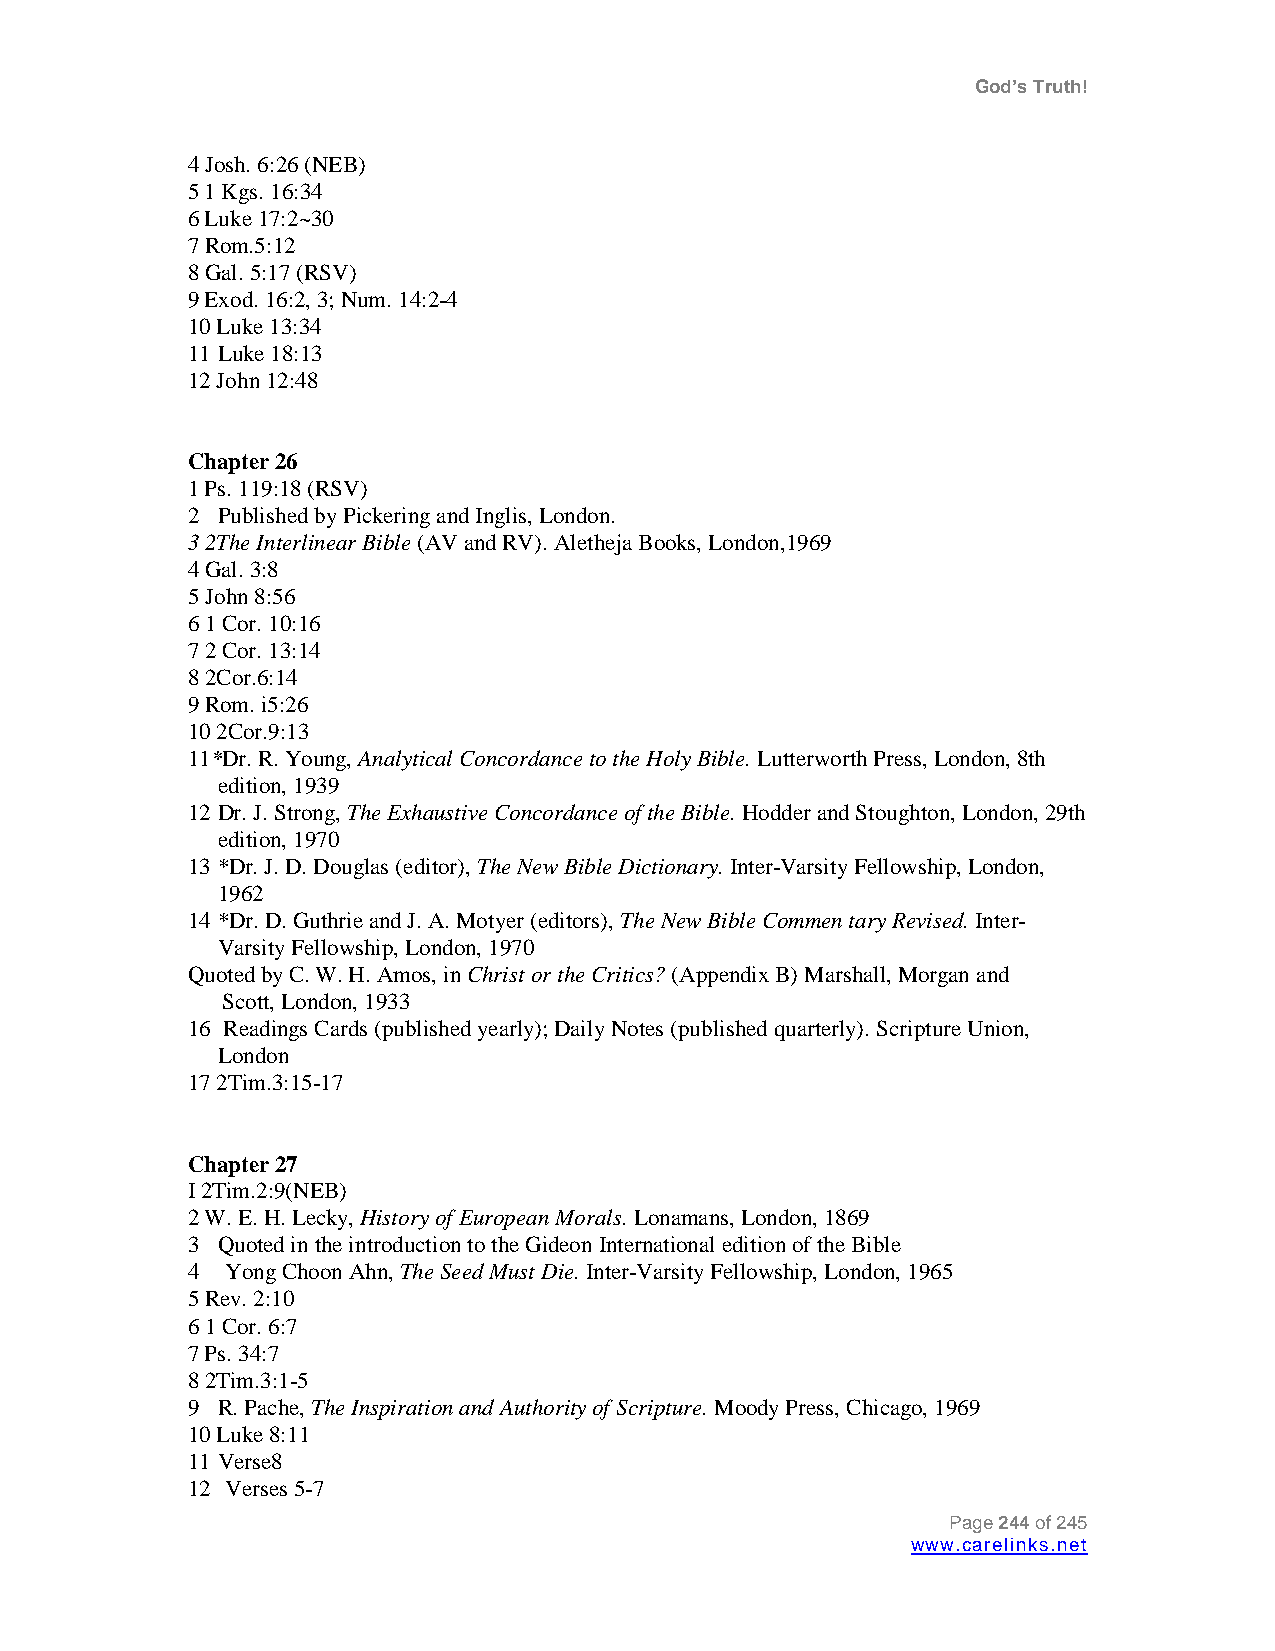
God’s Truth!
 4 Josh. 6:26 (NEB)
 5 1 Kgs. 16:34
 6 Luke 17:2~30
 7 Rom.5:12
 8 Gal. 5:17 (RSV)
 9 Exod. 16:2, 3; Num. 14:2-4
 10 Luke 13:34
 11 Luke 18:13
 12 John 12:48
 Chapter 26
 1 Ps. 119:18 (RSV)
 2 Published by Pickering and Inglis, London.
 3 2The Interlinear Bible (AV and RV). Aletheja Books, London,1969
 4 Gal. 3:8
 5 John 8:56
 6 1 Cor. 10:16
 7 2 Cor. 13:14
 8 2Cor.6:14
 9 Rom. i5:26
 10 2Cor.9:13
 11*Dr. R. Young, Analytical Concordance to the Holy Bible. Lutterworth Press, London, 8th
 edition, 1939
 12 Dr. J. Strong, The Exhaustive Concordance of the Bible. Hodder and Stoughton, London, 29th
 edition, 1970
 13 *Dr. J. D. Douglas (editor), The New Bible Dictionary. Inter-Varsity Fellowship, London,
 1962
 14 *Dr. D. Guthrie and J. A. Motyer (editors), The New Bible Commen tary Revised. Inter-
 Varsity Fellowship, London, 1970
 Quoted by C. W. H. Amos, in Christ or the Critics? (Appendix B) Marshall, Morgan and
 Scott, London, 1933
 16 Readings Cards (published yearly); Daily Notes (published quarterly). Scripture Union,
 London
 17 2Tim.3:15-17
 Chapter 27
 I 2Tim.2:9(NEB)
 2 W. E. H. Lecky, History of European Morals. Lonamans, London, 1869
 3 Quoted in the introduction to the Gideon International edition of the Bible
 4  Yong Choon Ahn, The Seed Must Die. Inter-Varsity Fellowship, London, 1965
 5 Rev. 2:10
 6 1 Cor. 6:7
 7 Ps. 34:7
 8 2Tim.3:1-5
 9 R. Pache, The Inspiration and Authority of Scripture. Moody Press, Chicago, 1969
 10 Luke 8:11
 11 Verse8
 12 Verses 5-7
 Page 244 of 245
 www.carelinks.net